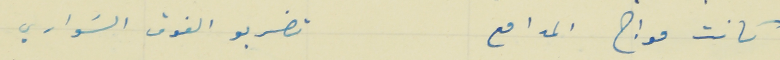
كانت مواج المدافع                                                   تضربو الفوق السَواري